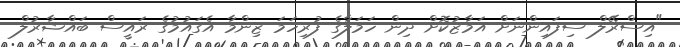
"އިސްރޭލް ސިފައިންނަށް އަމާޒުކޮށް ދިން ހަމަލާގެ ފުރިހަމަ ޒިންމާ އެގައުމުގެ ރައީސް ބައްޝާރުލް